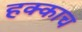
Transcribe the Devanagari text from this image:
हक्काच